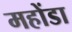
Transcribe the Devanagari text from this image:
महोंडा